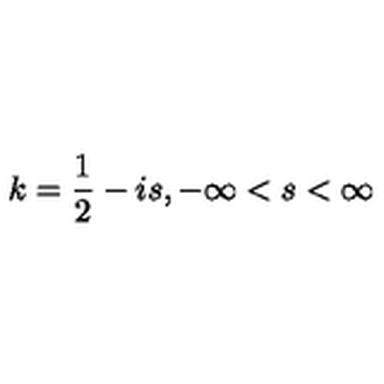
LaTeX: k = \frac { 1 } { 2 } - i s , - \infty < s < \infty